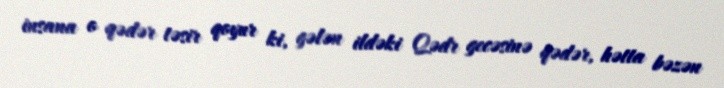
insana o qədər təsir qoyur ki, gələn ildəki Qədr gecəsinə qədər, hətta bəzən